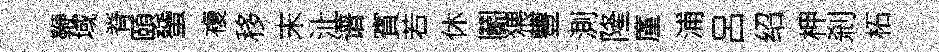
鞭域脊頤蜑複移末沚谱賓若休鬬猥豐測隆廑浦呂绍柙剎柘